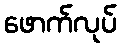
ဖောက်လုပ်